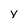
Character: y